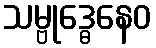
သမ္ဗုဒ္ဓေနေဝ